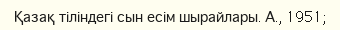
Қазақ тіліндегі сын есім шырайлары. А., 1951;